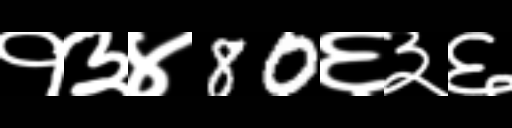
Text: १३४80६३६